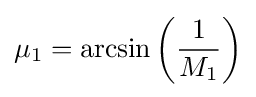
\mu _{1}=\arcsin \left({\frac {1}{M_{1}}}\right)